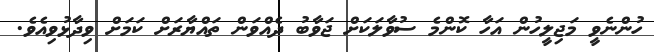
ހުންނެވީ މަޖިލީހުން އަހާ ކޮންމެ ސުވާލަކަށް ޖަވާބު ދެއްވަން ތައްޔާރަށް ކަމަށް ވިދާޅުވިއެވެ.